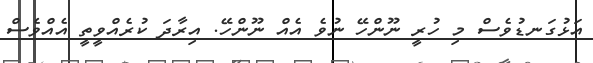
އަޅުގަނޑުވެސް މި ހުރީ ނޫންހޭ ނުވެ އެއް ނޫންހޭ. އިރާދަ ކުރެއްވީތީ އެއްވެސް